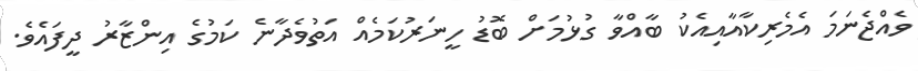
ވެއްޖެނަމަ އެމެރިކާއާއިއެކު ބާއްވާ ގުޅުމަށް ބޮޑު ހީނަރުކަމެއް އަތުވެދާނެ ކަމުގެ އިންޒާރު ދީފައެވެ.